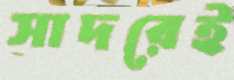
সাদরেই